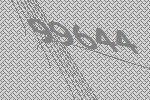
99644